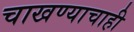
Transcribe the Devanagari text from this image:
चाखण्याचाही